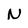
Character: N